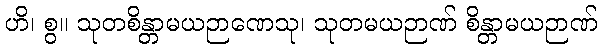
ဟိ၊ စွ။ သုတစိန္တာမယဉာဏေသု၊ သုတမယဉာဏ် စိန္တာမယဉာဏ်